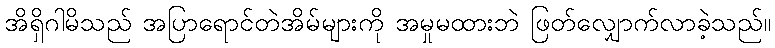
အိရှိဂါမိသည် အပြာရောင်တဲအိမ်များကို အမှုမထားဘဲ ဖြတ်လျှောက်လာခဲ့သည်။